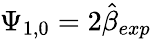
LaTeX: \Psi_{1,0}=2\hat{\beta}_{exp}